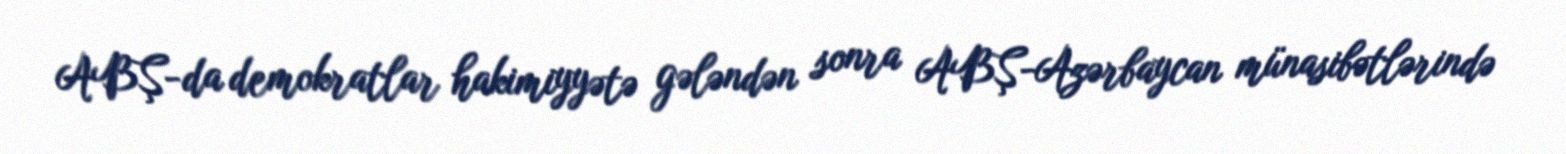
ABŞ-da demokratlar hakimiyyətə gələndən sonra ABŞ-Azərbaycan münasibətlərində